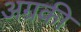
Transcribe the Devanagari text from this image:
अग्रकी